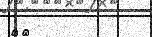
٨٦